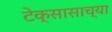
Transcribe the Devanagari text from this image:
टेक्सासाच्या